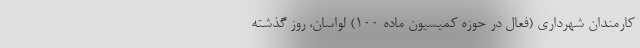
کارمندان شهرداری (فعال در حوزه کمیسیون ماده ۱۰۰) لواسان، روز گذشته